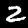
Digit: 2